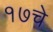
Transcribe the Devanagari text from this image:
१७चे